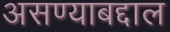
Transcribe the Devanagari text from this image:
असण्याबद्दाल